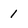
Character: 1